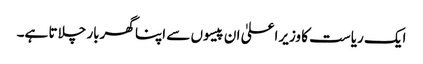
ایک ریاست کا وزیراعلیٰ ان پیسوں سے اپنا گھربار چلاتا ہے۔